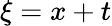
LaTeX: \xi=x+t